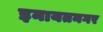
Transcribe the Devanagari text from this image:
इनायतनगर